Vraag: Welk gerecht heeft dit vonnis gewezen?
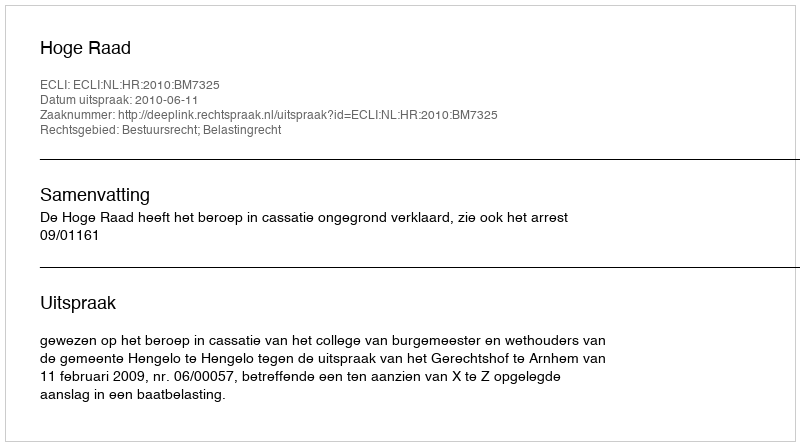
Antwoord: Hoge Raad